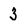
Character: 3